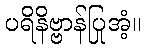
ပရိနိဗ္ဗာန်ပြုအံ့။